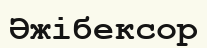
Әжібексор